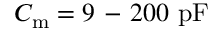
C _ { \mathrm { m } } = 9 \mathrm { ~ - ~ } 2 0 0 ~ \mathrm { p F }